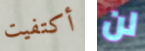
أكتفيت لن